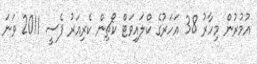
އުމުރުން މިހާރު 38 އަހަރުގެ ކްލައިވަޓް ކޯޗިން ކެރިއަރު ފެސީ 2011 ވަނަ